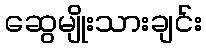
ဆွေမျိုးသားချင်း